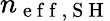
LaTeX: n_{\mathrm{~e~f~f~,~S~H~}}